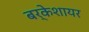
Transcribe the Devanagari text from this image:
बर्केशायर